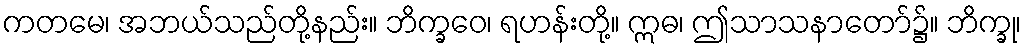
ကတမေ၊ အဘယ်သည်တို့နည်း။ ဘိက္ခဝေ၊ ရဟန်းတို့။ ဣဓ၊ ဤသာသနာတော်၌။ ဘိက္ခု၊